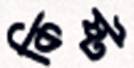
কিষ্ট